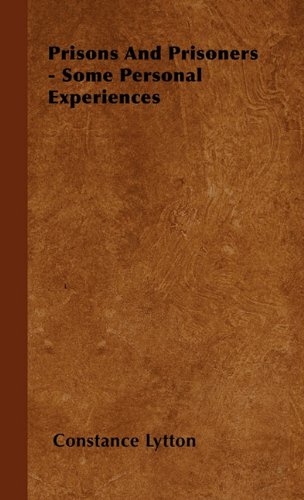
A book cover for Prisons And Prisoners - Some Personal Experiences; Constance Lytton; History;